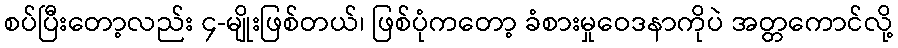
စပ်ပြီးတော့လည်း ၄-မျိုးဖြစ်တယ်၊ ဖြစ်ပုံကတော့ ခံစားမှုဝေဒနာကိုပဲ အတ္တကောင်လို့